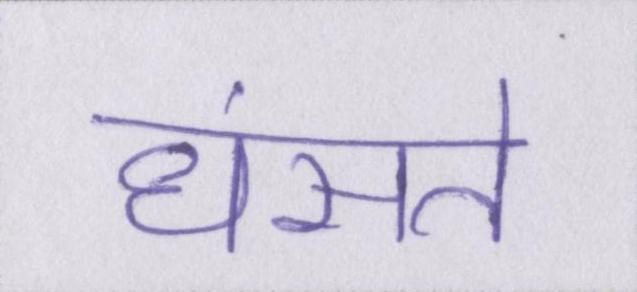
धंसते